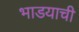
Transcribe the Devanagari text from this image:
भाडयाची